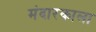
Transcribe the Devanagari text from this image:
मंदारकाला